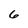
Character: 6